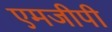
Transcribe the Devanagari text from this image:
एमजीपी